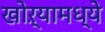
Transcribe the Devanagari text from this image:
खोऱ्यामध्ये